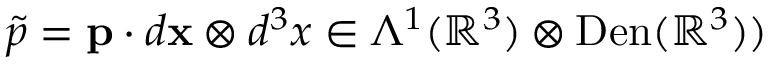
\widetilde { p } = { \mathbf { p } } \cdot d { \mathbf { x } } \otimes d ^ { 3 } x \in \Lambda ^ { 1 } ( \mathbb { R } ^ { 3 } ) \otimes \mathrm { D e n } ( \mathbb { R } ^ { 3 } ) )